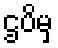
ဌပိမှ